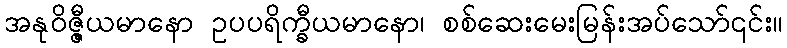
အနုဝိဇ္ဇီယမာနော ဥပပရိက္ခီယမာနော၊ စစ်ဆေးမေးမြန်းအပ်သော်၎င်း။